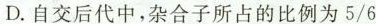
D.自交后代中，杂合子所占的比例为5/6